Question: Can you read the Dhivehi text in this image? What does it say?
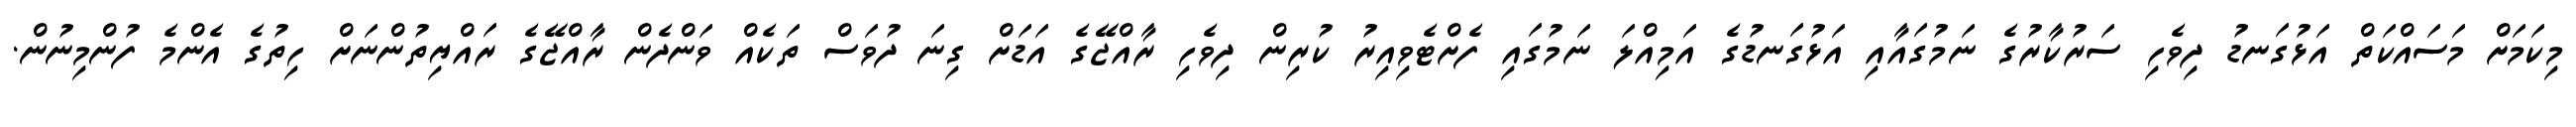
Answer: މިކަމަށް މަސައްކަތް އަޅުގަނޑު ދިވެހި ސަރުކާރުގެ ނަމުގައާއި އަޅުގަނޑުގެ އަމިއްލަ ނަމުގައި ފެށްޓެވިއިރު ކުރިން ދިވެހި ރާއްޖޭގެ އަޑަށް ގިނަ ދުވަސް ތަކެއް ވަންދެން ރާއްޖޭގެ ރައްޔިތުންނަށް ހިތުގެ އެންމެ ފުންމިނުން.